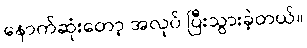
နောက်ဆုံးတော့ အလုပ် ပြီးသွားခဲ့တယ်။